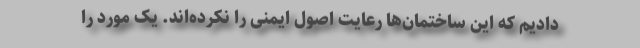
دادیم که این ساختمان‌ها رعایت اصول ایمنی را نکرده‌اند. یک مورد را